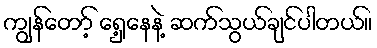
ကျွန်တော့် ရှေ့နေနဲ့ ဆက်သွယ်ချင်ပါတယ်။